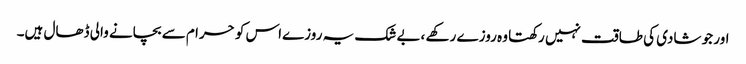
اور جو شادی کی طاقت نہیں رکھتا وہ روزے رکھے ،بے شک یہ روزےاس کو حرا م سے بچانے والی ڈھال ہیں۔